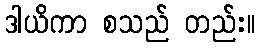
ဒါယိကာ စသည် တည်း။